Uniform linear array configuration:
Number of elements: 12
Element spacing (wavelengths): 0.75
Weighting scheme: hamming
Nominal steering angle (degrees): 30
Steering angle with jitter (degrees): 30.505
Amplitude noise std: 0.05
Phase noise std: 0.05

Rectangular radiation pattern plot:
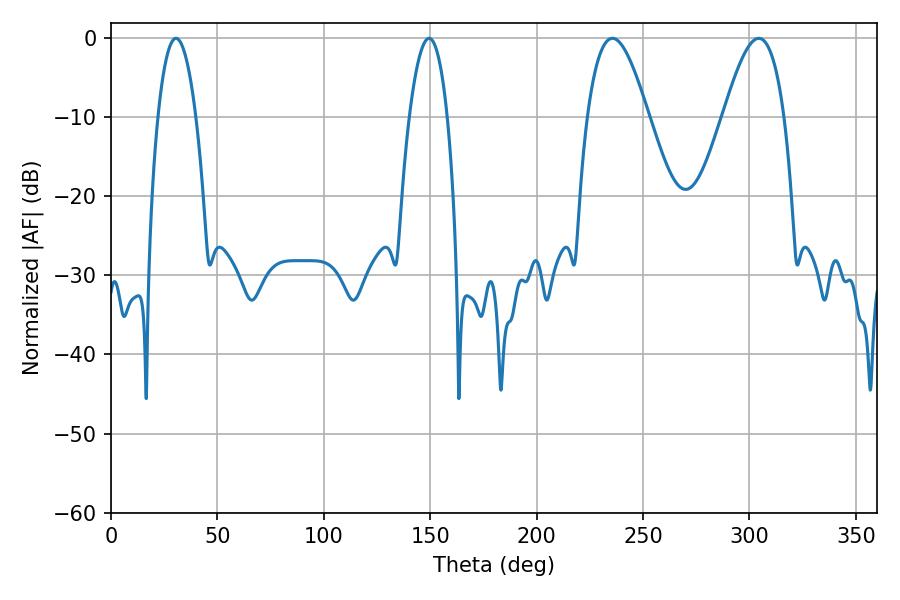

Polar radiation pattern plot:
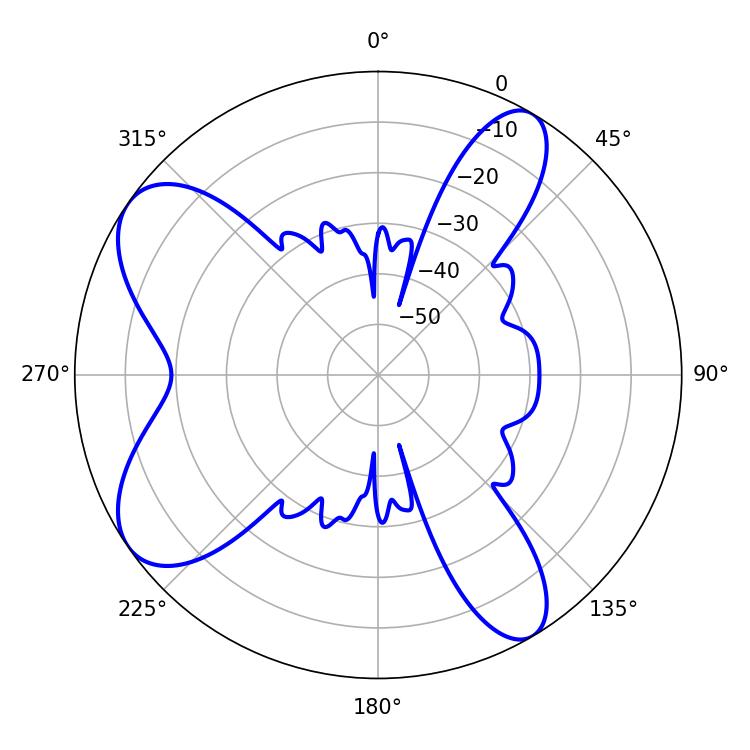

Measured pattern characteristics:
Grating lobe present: TRUE
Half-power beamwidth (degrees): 15.48
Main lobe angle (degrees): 235.62